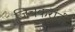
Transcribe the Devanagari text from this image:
जिचकरांनी